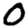
Digit: 0